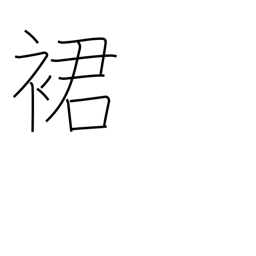
Meaning: hem